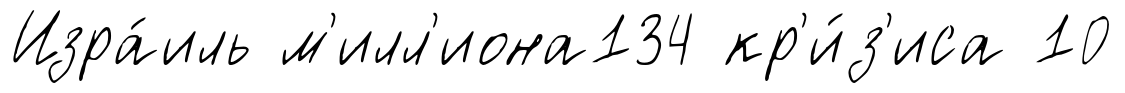
Изра́иль м'илл'иона134 кр'и́з'иса 10